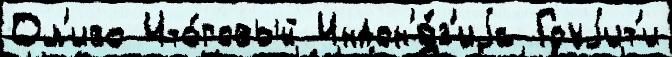
Ол'иво Ито́говый Индон'е́з'иjа Гоуjит'и